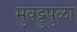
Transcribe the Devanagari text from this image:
मुवट्टुपुळा